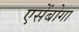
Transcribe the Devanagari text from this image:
एसेंबोगा